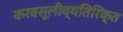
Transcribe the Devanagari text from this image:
करवसूलीव्यतिरिक्त